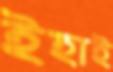
ইহাই